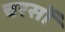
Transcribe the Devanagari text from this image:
चरसों